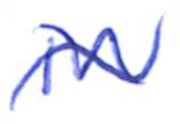
Text: is
Cross-out: wave
Writing tool: ballpoint